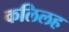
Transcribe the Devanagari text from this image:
कलिलह